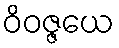
ဝိဝဇ္ဇယေ